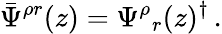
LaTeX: \bar{\Psi}^{\rho r}(z)=\Psi^{\rho}{}_{r}(z)^{\dagger}\, .